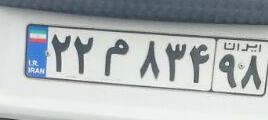
۲۲م۸۳۴۹۸